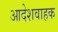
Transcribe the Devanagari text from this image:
आदेशवाहक